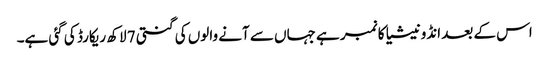
اس کے بعد انڈونیشیا کا نمبر ہے جہاں سے آنے والوں کی گنتی 7 لاکھ ریکارڈ کی گئی ہے۔